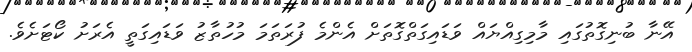
އޭނާ ބުނިގޮތުގައި މާމިގިއްޔައް ވަޑައިގަތްގޮތަށް އެންމެ ފުރަތަމަ މުހުތާޒު ވަޑައިގަތީ އެރަށު ކޯޓަށެވެ.